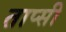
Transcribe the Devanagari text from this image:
ताप्सी